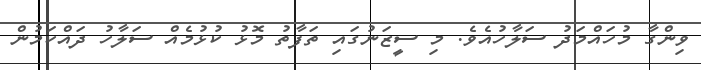
ވިންގާ މުހައްމަދު ސަލާހުއެވެ. މި ސީޒަނުގައި ތަފާތު މޮޅު ކުޅުމެއް ސަލާހު ދައްކަމުން